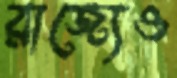
রাজ্যেও